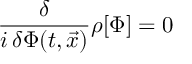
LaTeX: { \frac { \delta } { i \, \delta \Phi ( t , \vec { x } ) } } \rho [ \Phi ] = 0